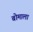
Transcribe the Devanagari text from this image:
बोमाला